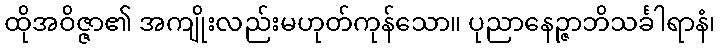
ထိုအဝိဇ္ဇာ၏ အကျိုးလည်းမဟုတ်ကုန်သော။ ပုညာနေဉ္ဇာဘိသင်္ခါရာနံ၊